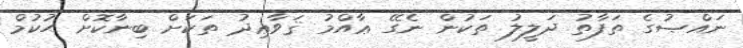
ނައްޞުގެ ތަފާތު ދަލީލު ތަކުން ނެގޭ ޢާއްމު ޤަވާޢިދު ތަކަށް ބިނާކޮށް ޙުކުމް